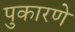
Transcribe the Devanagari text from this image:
पुकारणे